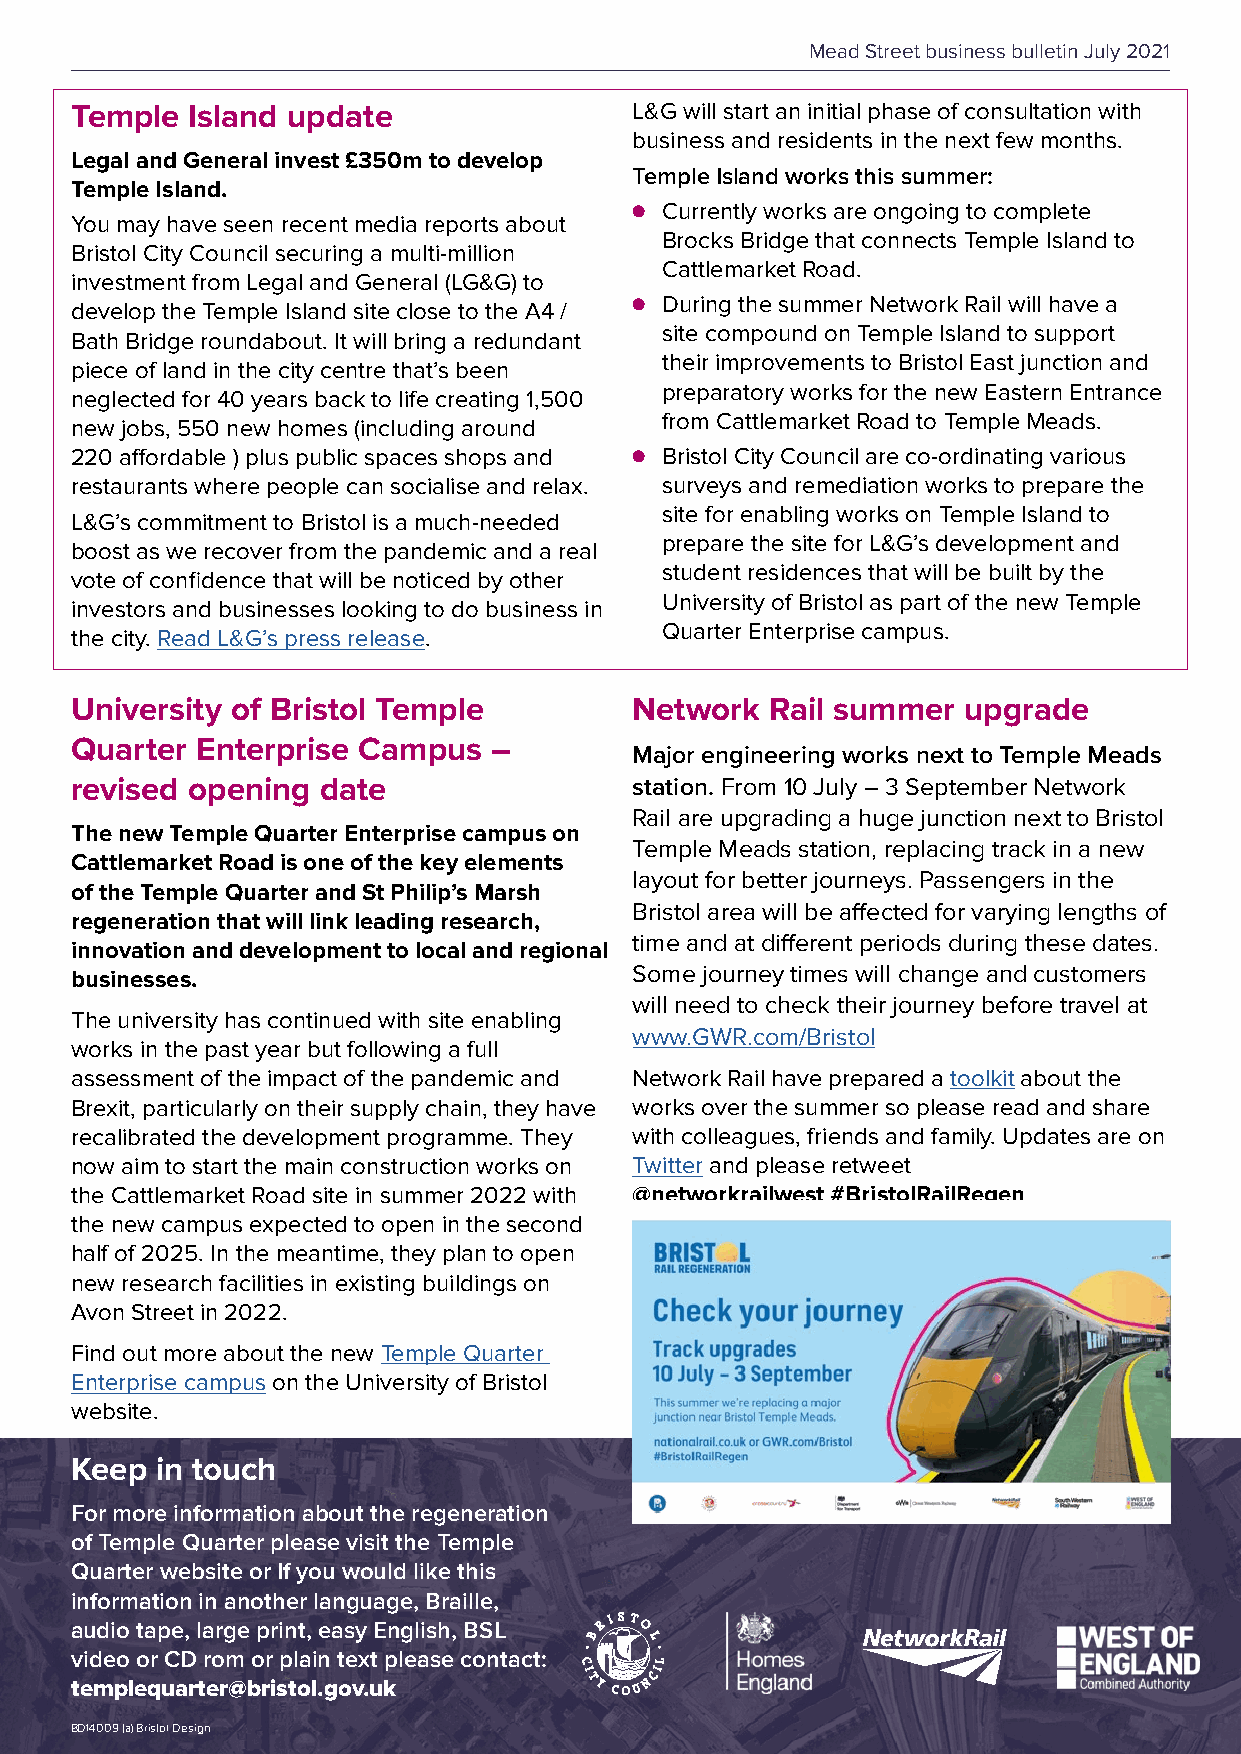
Mead Street business bulletin July 2021
 Temple  Island update                L&G will start an initial phase of consultation with
 business and residents in the next few months.
 Legal and General invest £350m to develop
 Temple Island works this summer:
 Temple Island.
 ● Currently works are ongoing to complete
 You may have seen recent media reports about
 Brocks Bridge that connects Temple Island to
 Bristol City Council securing a multi-million
 Cattlemarket Road.
 investment from Legal and General (LG&G) to
 ● During the summer Network Rail will have a
 develop the Temple Island site close to the A4 /
 site compound on Temple Island to support
 Bath Bridge roundabout. It will bring a redundant
 their improvements to Bristol East junction and
 piece of land in the city centre that’s been
 preparatory works for the new Eastern Entrance
 neglected for 40 years back to life creating 1,500
 from Cattlemarket Road to Temple Meads.
 new jobs, 550 new homes (including around
 220 affordable ) plus public spaces shops and ● Bristol City Council are co-ordinating various
 restaurants where people can socialise and relax. surveys and remediation works to prepare the
 site for enabling works on Temple Island to
 L&G’s commitment to Bristol is a much-needed
 prepare the site for L&G’s development and
 boost as we recover from the pandemic and a real
 student residences that will be built by the
 vote of confidence that will be noticed by other
 University of Bristol as part of the new Temple
 investors and businesses looking to do business in
 Quarter Enterprise campus.
 the city. Read L&G’s press release.
 University of Bristol Temple         Network  Rail summer  upgrade
 Quarter Enterprise Campus  –
 Major engineering works next to Temple Meads
 revised opening date                 station. From 10 July – 3 September Network
 Rail are upgrading a huge junction next to Bristol
 The new Temple Quarter Enterprise campus on
 Temple Meads station, replacing track in a new
 Cattlemarket Road is one of the key elements
 layout for better journeys. Passengers in the
 of the Temple Quarter and St Philip’s Marsh
 Bristol area will be affected for varying lengths of
 regeneration that will link leading research,
 time and at different periods during these dates.
 innovation and development to local and regional
 businesses.                          Some journey times will change and customers
 will need to check their journey before travel at
 The university has continued with site enabling
 www.GWR.com/Bristol
 works in the past year but following a full
 assessment of the impact of the pandemic and Network Rail have prepared a toolkit about the
 Brexit, particularly on their supply chain, they have works over the summer so please read and share
 recalibrated the development programme. They with colleagues, friends and family. Updates are on
 now aim to start the main construction works on Twitter and please retweet
 the Cattlemarket Road site in summer 2022 with @networkrailwest #BristolRailRegen
 the new campus expected to open in the second
 half of 2025. In the meantime, they plan to open
 new research facilities in existing buildings on
 Avon Street in 2022.
 Find out more about the new Temple Quarter
 Enterprise campus on the University of Bristol
 website.
 Keep in touch
 For more information about the regeneration
 of Temple Quarter please visit the Temple
 Quarter website or If you would like this
 information in another language, Braille,
 audio tape, large print, easy English, BSL
 video or CD rom or plain text please contact:
 templequarter@bristol.gov.uk
 BD14009 (a) Bristol Design